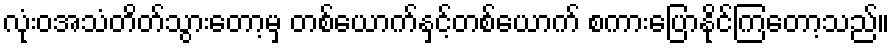
လုံးဝအသံတိတ်သွားတော့မှ တစ်ယောက်နှင့်တစ်ယောက် စကားပြောနိုင်ကြတော့သည်။